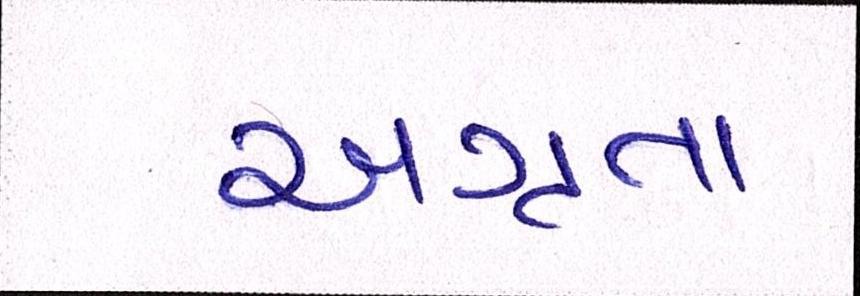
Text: અગ્રતા